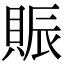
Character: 賑